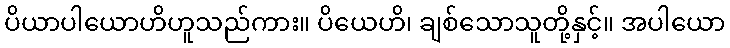
ပိယာပါယောဟိဟူသည်ကား။ ပိယေဟိ၊ ချစ်သောသူတို့နှင့်။ အပါယော